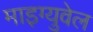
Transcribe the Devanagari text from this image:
माइग्युवेल